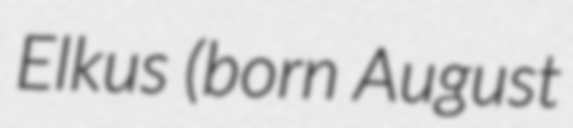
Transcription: Elkus (born August